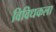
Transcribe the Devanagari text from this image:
विविधकला